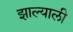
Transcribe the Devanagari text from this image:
झाल्याली